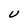
Character: U